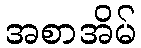
အစာအိမ်